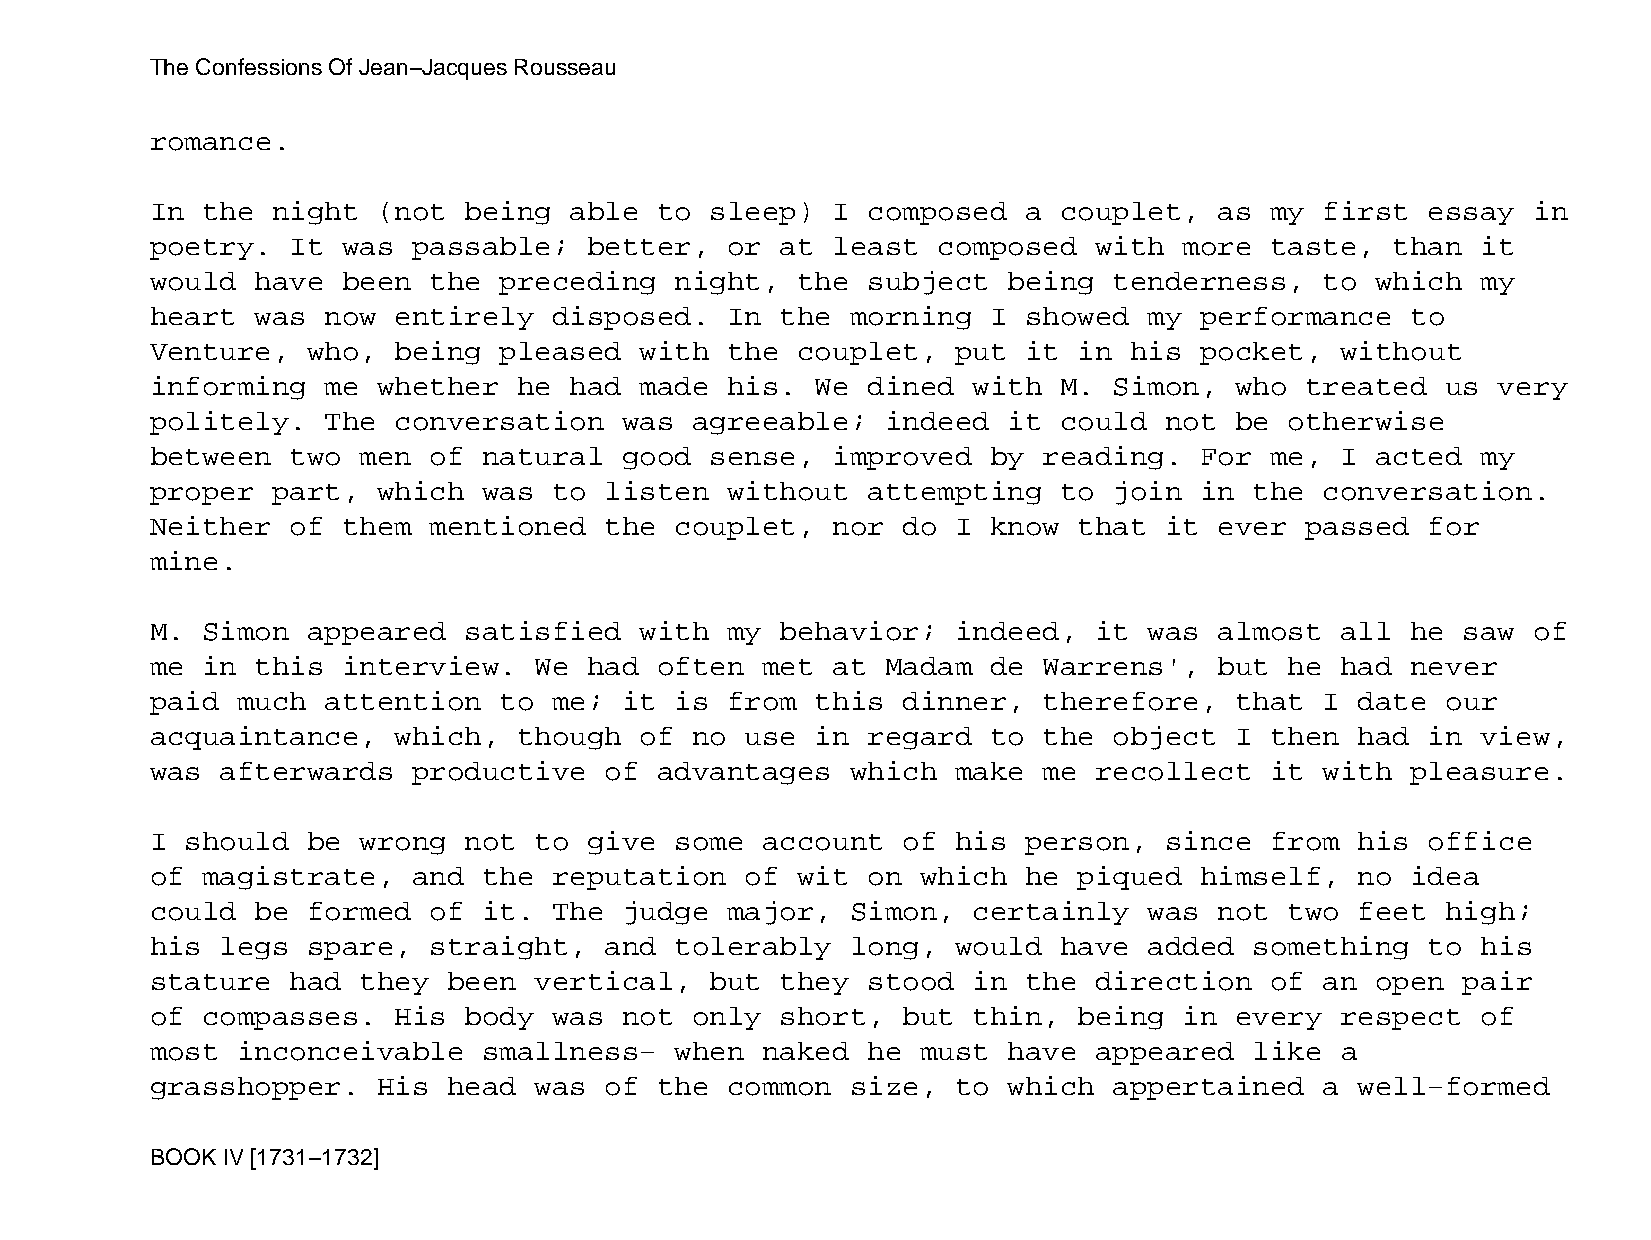
The Confessions Of Jean−Jacques Rousseau
 romance.
 In the  night  (not  being  able  to sleep)  I composed   a couplet,   as my  first  essay in
 poetry.  It  was passable;   better,  or  at least  composed  with  more  taste,  than  it
 would  have  been the  preceding   night,  the subject   being  tenderness,   to which  my
 heart  was  now entirely   disposed.  In  the morning   I showed  my performance   to
 Venture,  who,  being  pleased  with  the  couplet,  put  it in  his pocket,   without
 informing   me whether  he  had made  his.  We dined  with  M.  Simon,  who treated   us very
 politely.   The conversation   was  agreeable;   indeed  it could  not  be otherwise
 between  two  men of  natural  good  sense,  improved   by reading.  For  me,  I acted  my
 proper  part,  which  was  to listen  without  attempting   to  join in  the  conversation.
 Neither  of  them mentioned   the  couplet,  nor  do I  know that  it  ever passed   for
 mine.
 M. Simon  appeared   satisfied  with  my  behavior;  indeed,  it  was  almost  all he  saw of
 me in  this  interview.  We  had  often met  at  Madam  de Warrens',   but he  had never
 paid  much  attention  to  me; it  is from  this  dinner,  therefore,   that  I date  our
 acquaintance,   which,  though  of  no use  in regard   to the  object  I then  had  in view,
 was  afterwards  productive   of  advantages  which  make  me recollect   it  with pleasure.
 I should  be  wrong  not to  give  some account   of his  person,  since  from  his  office
 of magistrate,   and  the  reputation  of  wit on  which  he piqued  himself,   no idea
 could  be formed  of  it.  The judge  major,  Simon,  certainly   was  not two  feet  high;
 his  legs spare,  straight,   and  tolerably  long,  would  have  added  something   to his
 stature  had  they  been vertical,   but  they stood  in  the direction   of  an open  pair
 of compasses.   His  body  was not  only  short,  but thin,  being  in  every  respect  of
 most  inconceivable   smallness−   when naked  he  must  have appeared   like  a
 grasshopper.   His  head was  of  the common  size,  to  which  appertained   a well−formed
 BOOK IV [1731−1732]